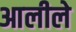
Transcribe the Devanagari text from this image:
आलीले